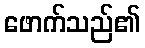
ဖောက်သည်၏